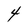
Character: 4